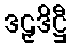
ဒဠှဒိဋ္ဌီ